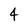
Character: 4